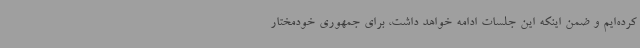
کرده‌ایم و ضمن اینکه این جلسات ادامه خواهد داشت، برای جمهوری خودمختار